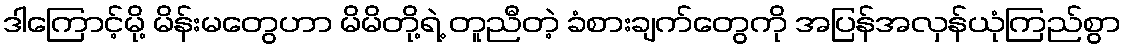
ဒါကြောင့်မို့ မိန်းမတွေဟာ မိမိတို့ရဲ့ တူညီတဲ့ ခံစားချက်တွေကို အပြန်အလှန်ယုံကြည်စွာ